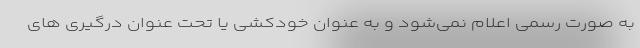
به صورت رسمی اعلام نمی‌شود و به عنوان خودکشی یا تحت عنوان درگیری های